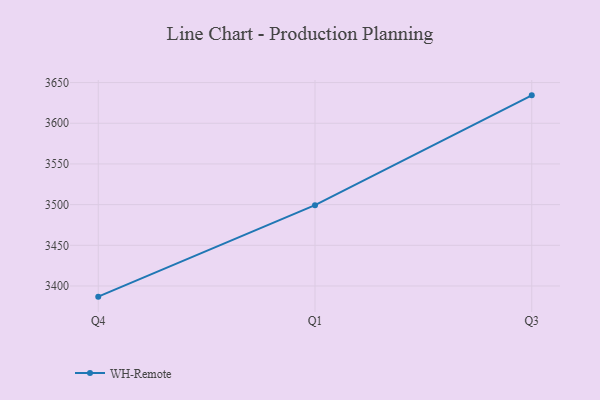
{"axis": {"x": "Quarter", "y": "Active Users"}, "legend": ["WH-Remote"], "data": [{"x": "Q4", "y": 3386.9, "type": "WH-Remote"}, {"x": "Q1", "y": 3499.3, "type": "WH-Remote"}, {"x": "Q3", "y": 3634.3, "type": "WH-Remote"}]}